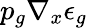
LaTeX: p_{g}\nabla_{x}\epsilon_{g}